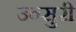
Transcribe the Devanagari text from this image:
उन्सुरी